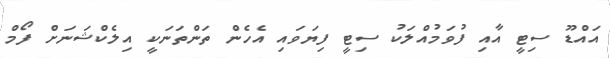
އައްޑޫ ސިޓީ އާއި ފުވަމުއްލަކު ސިޓީ ފިޔަވައި އެހެން ތަންތަނަކީ އިލެކްޝަނަށް ފޯމް